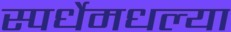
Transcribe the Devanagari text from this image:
स्पर्धेमधल्या